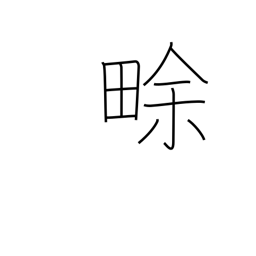
Meaning: new field